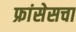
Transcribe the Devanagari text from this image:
फ्रांसेसचा